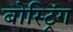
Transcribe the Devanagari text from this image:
बोस्ट्रिंग